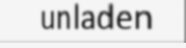
unladen